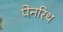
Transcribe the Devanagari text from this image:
पेनरिथ